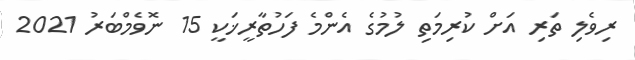
ރިވެލި ތަރި އަށް ކުރިމަތި ލުމުގެ އެންމެ ފަހުތާރީޚަކީ 15 ނޮވެމްބަރު 2021